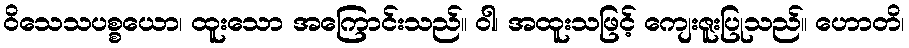
ဝိသေသပစ္စယော၊ ထူးသော အကြောင်းသည်။ ဝါ၊ အထူးသဖြင့် ကျေးဇူးပြုသည်။ ဟောတိ၊